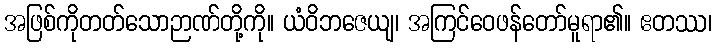
အဖြစ်ကိုတတ်သောဉာဏ်တို့ကို။ ယံဝိဘဇေယျ၊ အကြင်ဝေဖန်တော်မူရာ၏။ ဧတဿ၊